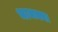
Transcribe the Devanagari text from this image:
भाजक्या